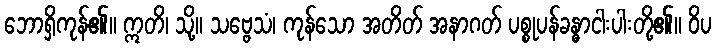
ဘောရှိကုန်၏။ ဣတိ၊ သို့။ သဗ္ဗေသံ၊ ကုန်သော အတိတ် အနာဂတ် ပစ္စုပန်ခန္ဓာငါးပါးတို့၏။ ဝိပ